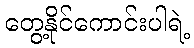
တွေ့နိုင်ကောင်းပါရဲ့